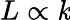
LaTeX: L\propto\mathit{k}